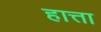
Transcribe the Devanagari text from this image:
हात्ता